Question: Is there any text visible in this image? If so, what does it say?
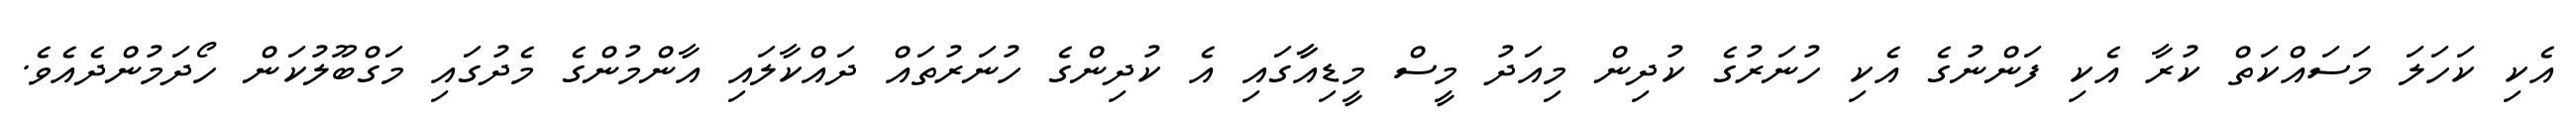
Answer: އެކި ކަހަލަ މަސައްކަތް ކުރާ އެކި ފަންނުގެ އެކި ހުނަރުގެ ކުދިން މިއަދު މީސް މީޑިއާާގައި އެ ކުދިންގެ ހުނަރުތައް ދައްކާލައި އާންމުންގެ މެދުގައި މަގްބޫލުކަން ހޯދަމުންދެއެވެ.